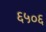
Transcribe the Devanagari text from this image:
६५०६